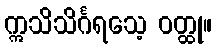
ဣသိသိင်္ဂရသေ့ ဝတ္ထု။